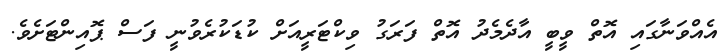
އެއްވަނާގައި އޮތް ވީބީ އާދެމެދު އޮތް ފަރަގު ވިކްޓަރީއަށް ކުޑަކުރެވުނީ ފަސް ޕޮއިންޓަށެވެ.